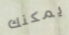
يمكنك